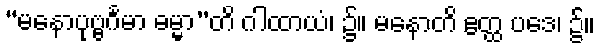
“မနောပုဗ္ဗင်္ဂမာ ဓမ္မာ”တိ ဂါထာယံ၊ ၌။ မနောတိ ဧတ္ထ ပဒေ၊ ၌။